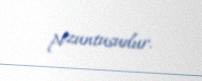
pozuntusudur.